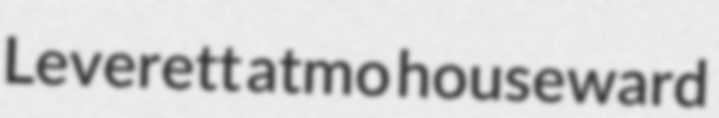
Leverett atmo houseward